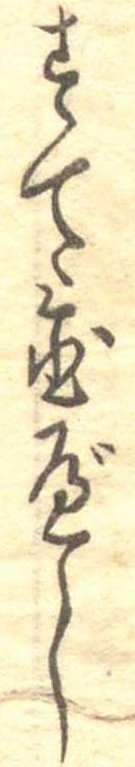
すて置べし